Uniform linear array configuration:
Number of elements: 4
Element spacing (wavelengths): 0.75
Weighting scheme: uniform
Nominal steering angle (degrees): -60
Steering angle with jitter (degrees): -58.754
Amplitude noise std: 0.05
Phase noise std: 0.05

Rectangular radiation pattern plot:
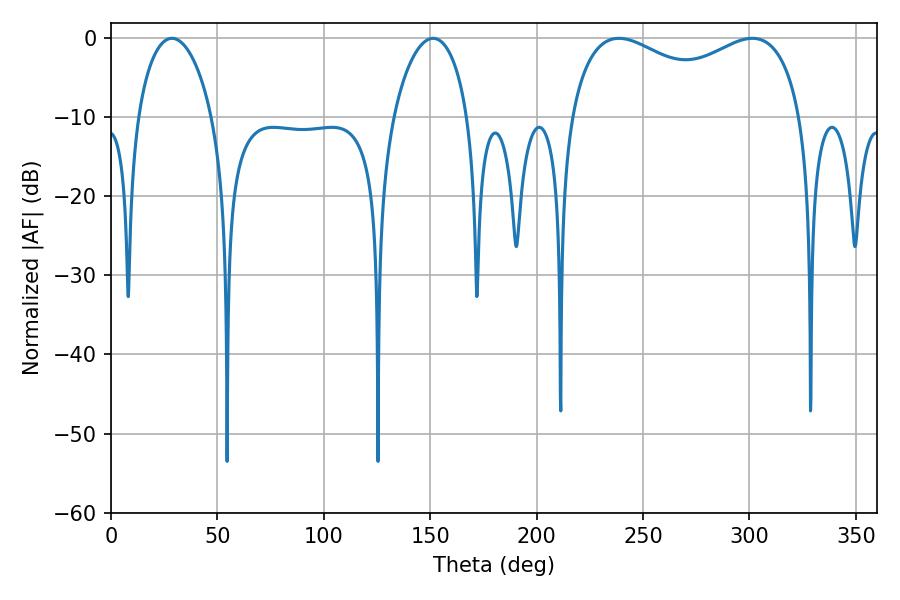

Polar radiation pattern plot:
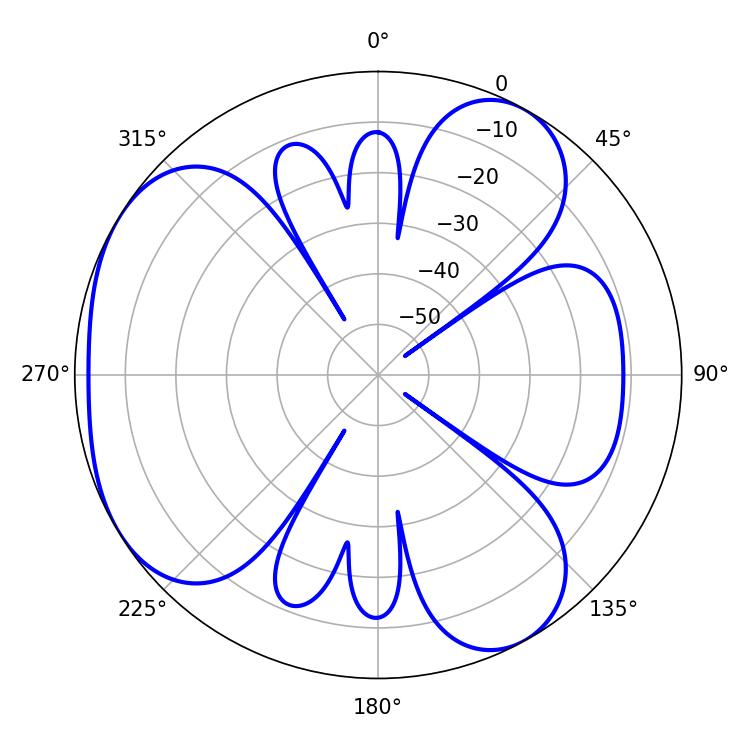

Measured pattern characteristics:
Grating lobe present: TRUE
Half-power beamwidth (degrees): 90.72
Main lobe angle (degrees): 238.68